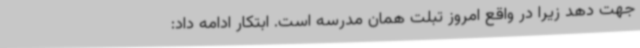
جهت دهد زیرا در واقع امروز تبلت همان مدرسه است. ابتکار ادامه داد: